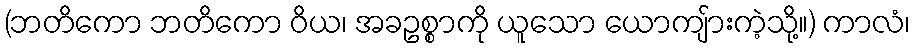
(ဘတိကော ဘတိကော ဝိယ၊ အခဥစ္စာကို ယူသော ယောကျ်ားကဲ့သို့။) ကာလံ၊